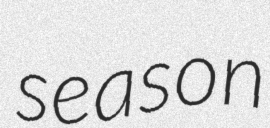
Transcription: season